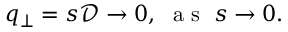
q _ { \perp } = s \mathcal { D } \rightarrow 0 , \; \mathrm { ~ a ~ s ~ } \; s \rightarrow 0 .